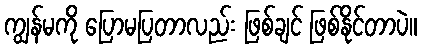
ကျွန်မကို ပြောမပြတာလည်း ဖြစ်ချင် ဖြစ်နိုင်တာပဲ။